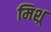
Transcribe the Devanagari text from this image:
मिश्र्